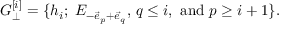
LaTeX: { \cal G } _ { \bot } ^ { [ i ] } = \{ h _ { i } ; \; E _ { - \vec { e } _ { p } + \vec { e } _ { q } } , \, q \leq i , \mathrm { ~ a n d ~ } p \geq i + 1 \} .